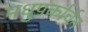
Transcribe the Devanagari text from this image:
मधुपर्कार्चन